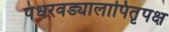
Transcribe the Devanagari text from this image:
पंधरवड्यालापितृपक्ष